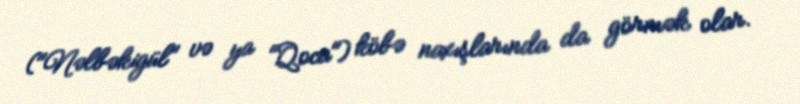
("Nəlbəkigül" və ya "Qoca") köbə naxışlarında da görmək olar.